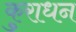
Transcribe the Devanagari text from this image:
कुराधन